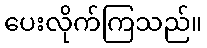
ပေးလိုက်ကြသည်။